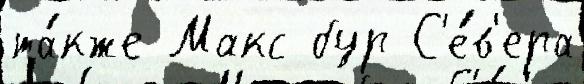
та́кже Макс бур С'е́в'ера